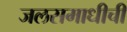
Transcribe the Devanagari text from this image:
जलसमाधीची